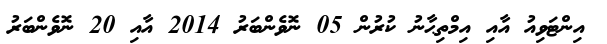
އިންޓަވިއު އާއި އިމްތިޙާނު ކުރުން 05 ނޮވެންބަރު 2014 އާއި 20 ނޮވެންބަރު